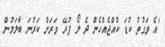
'އެ ވަގުތު ކުޑަ ކުއްޖެއްހެން ދެ ލޯ ފުރޭ ވަރަށް ކަރުނަ ބާލަމުން